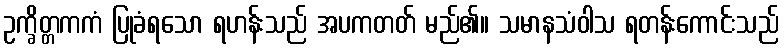
ဥက္ခိတ္တကကံ ပြုခံရသော ရဟန်းသည် အပကတတ် မည်၏။ သမာနသံဝါသ ရတန်းကောင်းသည်